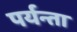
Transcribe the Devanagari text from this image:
पर्यन्ता